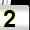
Digit: 2